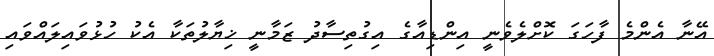
އޭނާ އެންމެ ފާހަގަ ކޮށްލެވެނީ އިންޑިއާގެ އިގުތިސާދު ޒަމާނީ ޚިޔާލުތަކާ އެކު ހުޅުވައިލައްވައި